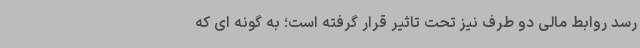
رسد روابط مالی دو طرف نیز تحت تاثیر قرار گرفته است؛ به گونه ای که